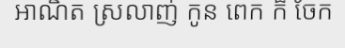
អាណិត ស្រលាញ់ កូន ពេក ក៏ ចែក